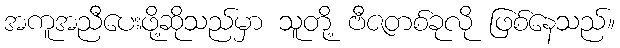
အကူအညီပေးဖို့ဆိုသည်မှာ သူတို့ ဗီဇတစ်ခုလို ဖြစ်နေသည်။